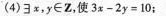
(4)∃x，y∈Z，使$$3 x - 2 y = 1 0$$；